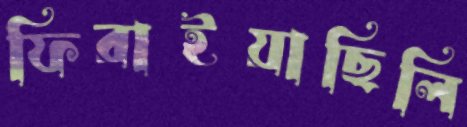
ফিরাইয়াছিলি